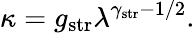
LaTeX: \kappa=g_{\mathrm{str}}\lambda^{\gamma_{\mathrm{str}}-1/2}.